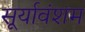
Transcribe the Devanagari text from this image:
सूर्यावंशम